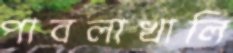
পাবলাখালি